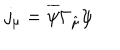
j _ { \mu } = \overline { { \psi } } \Gamma _ { \hat { \mu } } \psi